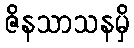
ဇိနသာသနမှိ